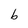
Character: b